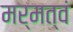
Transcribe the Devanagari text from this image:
मर्मत्वं